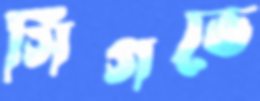
সিগভে